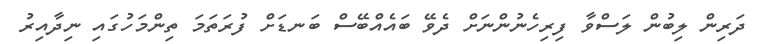
ދަރިން ލިބުން ލަސްވާ ފިރިހެނުންނަށް ދެވޭ ބައެއްބޭސް ބަނޑަށް ފުރަތަމަ ތިންމަހުގައި ނިދާއިރު